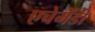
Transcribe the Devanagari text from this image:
एचेमेंडी